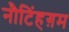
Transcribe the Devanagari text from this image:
नौटिंहग़म